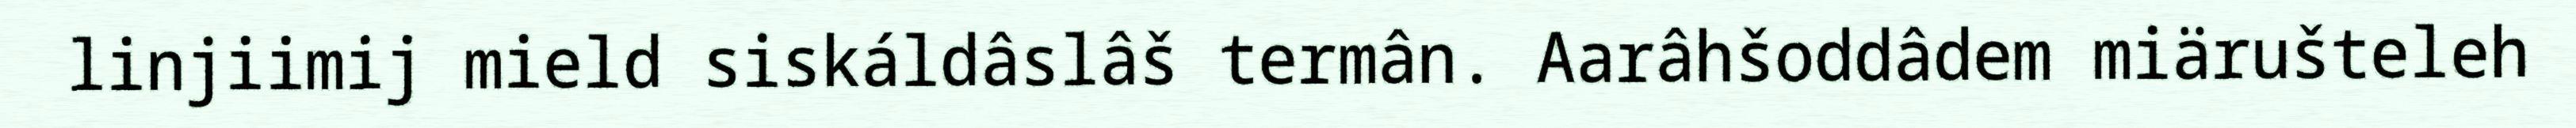
linjiimij mield siskáldâslâš termân. Aarâhšoddâdem miärušteleh